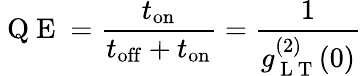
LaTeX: \mathrm{~Q~E~}=\frac{t_{\mathrm{on}}}{t_{\mathrm{off}}+t_{\mathrm{on}}}=\frac{1}{g_{\mathrm{~L~T~}}^{(2)}(0)}